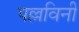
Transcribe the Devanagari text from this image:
पल्लविनी